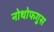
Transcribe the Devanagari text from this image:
नोथोफगुस